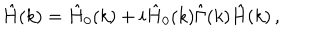
\hat { H } ( k ) = \hat { H } _ { 0 } ( k ) + i \hat { H } _ { 0 } ( k ) \hat { \Gamma } ( k ) \hat { H } ( k ) \, ,